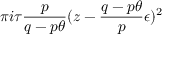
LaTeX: \pi i \tau \frac { p } { q - p \theta } ( z - \frac { q - p \theta } { p } \epsilon ) ^ { 2 }